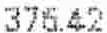
376.42